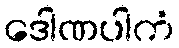
ဒေါဏပါကံ